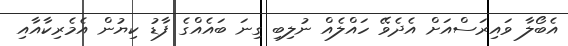
އެބޯލާ ވައިރަސްއަށް އެދެވޭ ހައްލެއް ނުލިބި ގިނަ ބައެއްގެ ފާޑު ކިޔުން އެމެރިކާއާއި